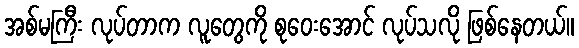
အစ်မကြီး လုပ်တာက လူတွေကို စုဝေးအောင် လုပ်သလို ဖြစ်နေတယ်။